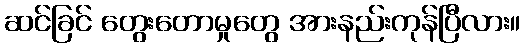
ဆင်ခြင် တွေးတောမှုတွေ အားနည်းကုန်ပြီလား။